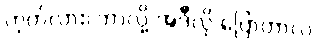
ဟုတ်လား၊ ဘာလို့ အဲဒီလို ပြောတာလဲ